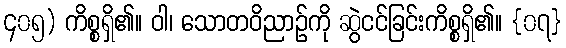
၄၀၅) ကိစ္စရှိ၏။ ဝါ၊ သောတဝိညာဉ်ကို ဆွဲငင်ခြင်းကိစ္စရှိ၏။ {၀၇}